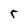
Character: r